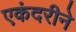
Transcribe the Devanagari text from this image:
एकंदरीने